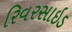
રિવરસાઇડ